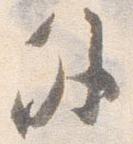
外